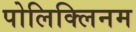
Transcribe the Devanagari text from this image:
पोलिक्लिनम